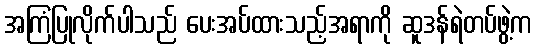
အကြံပြုလိုက်ပါသည် ပေးအပ်ထားသည့်အရာကို ဆူဒန်ရဲတပ်ဖွဲ့က